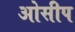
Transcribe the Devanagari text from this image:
ओसीप